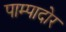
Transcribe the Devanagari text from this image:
पाम्पादोर